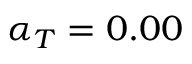
\alpha _ { T } = 0 . 0 0